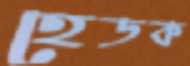
হেডক